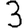
Digit: 3